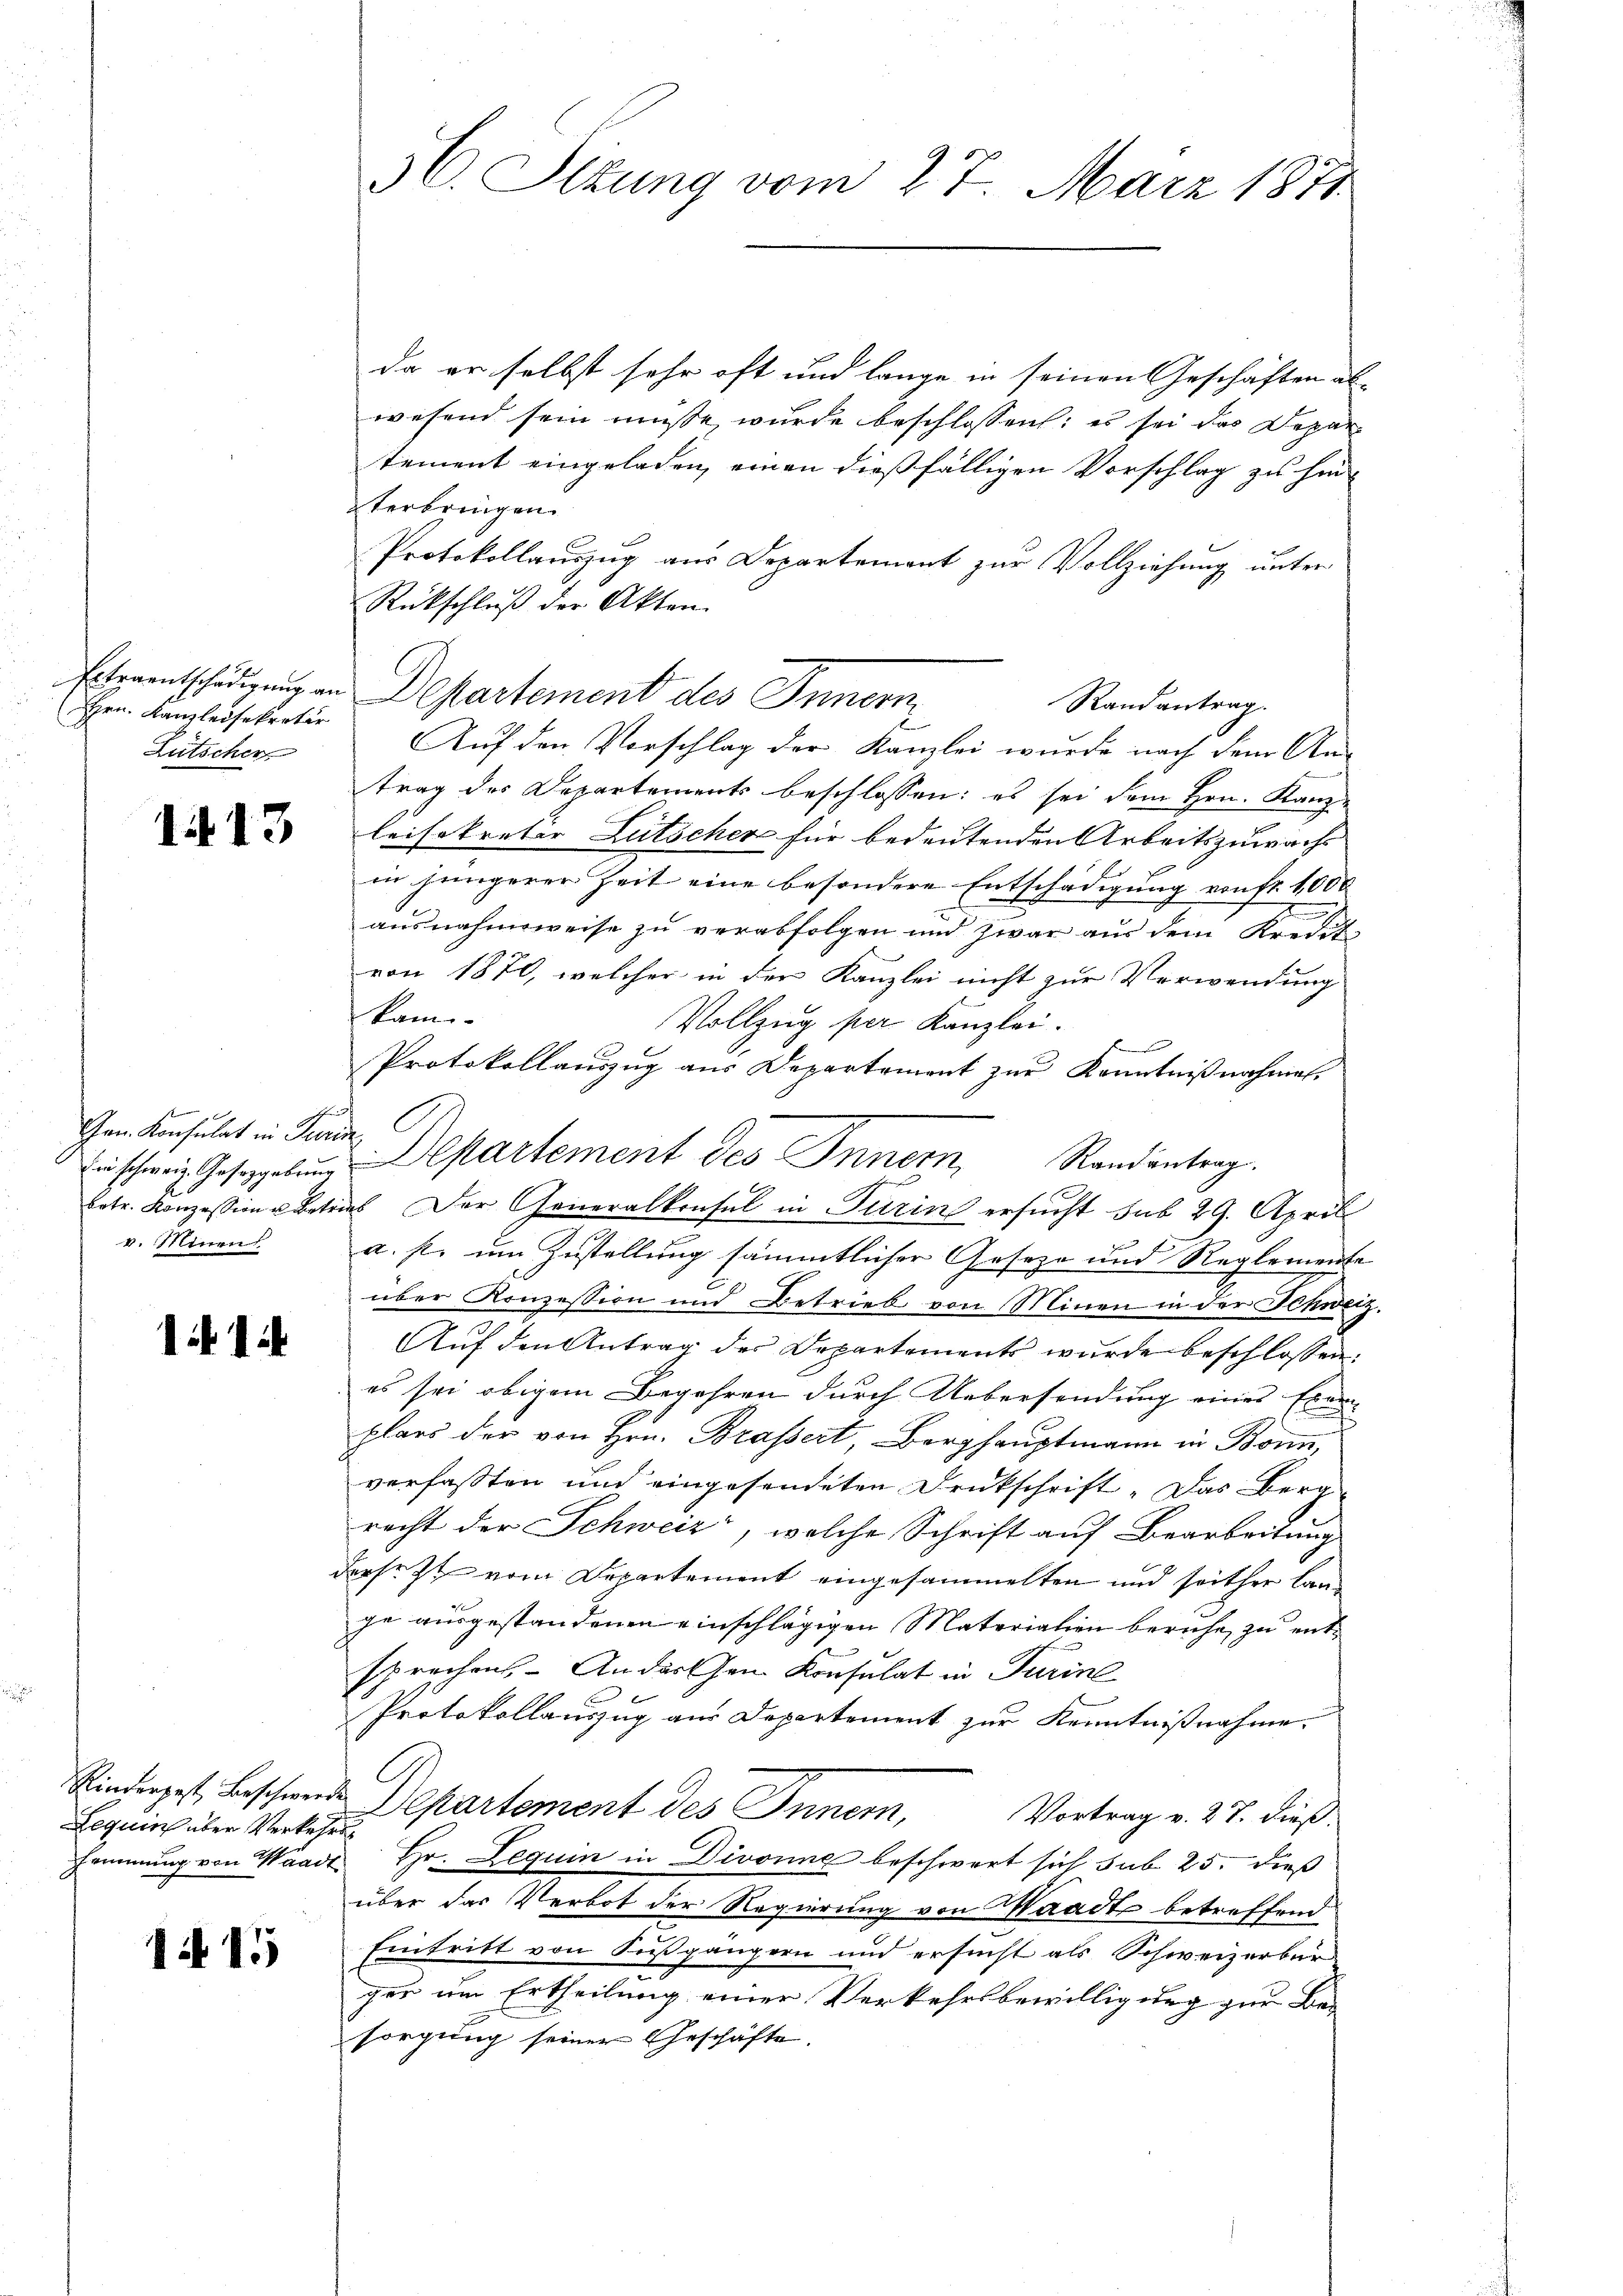
Extraentschädigung an
Hrn. Kanzleisekretär
Lutscher

1413

Gen. Konsulat in Turin
v. Minens

N 1

Lequin über Verkehr

1ff 15

56. Sizung vom 27. März 1871

da er selbst sehr oft und lange in seinen Geschäften ab-
wesend sein müsse wurde beschlossen: es sei das Depar
tement eingeladen, einen dießfälligen Vorschlag zu hinterbringen.
Protokollauszug aus Departement zur Vollziehung unter
Rückschluß der Akten.
Departement des Innern
Auf den Vorschlag der Kanzlei wurde nach dem An-
trag des Departements beschlossen: es sei dem Hrn. Kanze
leisekretär Lutscher für bedeutenden Arbeitszuwachs
in jüngerer Zeit eine besondere Entschädigung von fr. 1000
ausnahmsweise zu verabfolgen und zwar aus dem Kredita
von 1870, welcher in der Kanzlei nicht zur Verwendung
kam
Vollzug per Kanzlei.
Protokollauszug aus Departement zur Kenntnißnahmen,
C
ischen Ges.polen Departement des Innern, Randantrag.
betr. Konzession betrieb Der Generalkonsul in Turin ersucht sub 29. Aprill
u. s. um Zustellung sämmtlicher Geseze und Reglemente
über Konzession und Betrieb von Minen in der Schweiz.
Aŭf den Antrag der Departements wurde beschlossen:
es sei obigem Begehren durch Uebersendung eines Exem-
plans der von Hrn. Brassert, Berghauptmann in Bonn,
verfaßten und eingesendeten Druckschrift „Das Berg
recht der Schweiz, welche Schrift auf Bearbeitung
dersetzt vom Departement eingesammelten und seither lange ausgestandenen einschlägigen Materialien beruhe zu entsprechen. - Anderen Konsulat in Turine
Protokollauszug aus Departement zur Kenntnißnahme.
C
Rinderpest, Beschende Departement des Innern,
Vortrag v. 27. dieß.
Hammung von Waadt Hr. Lequin in Divorne beschwert sich sub. 25. dieß
über das Verbot der Regierung von Waadt betreffend
Eintritt von Sußgängern und ersucht als Schweizerbür
ger um Ertheilung einer Verkehrsbewilligung zur Besorgung seiner Geschäfte.

Randantrag.